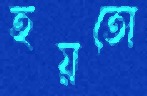
হয়তো